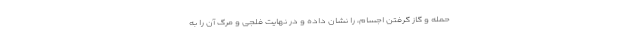
حمله و گاز گرفتن اجسام، را نشان داده و در نهایت فلجی و مرگ آن را به